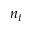
n _ { t }